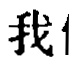
我1